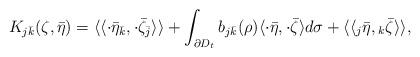
LaTeX: \begin{align*} K_{j\bar k}(\zeta,\bar\eta) =\langle\langle \cdot\bar\eta_{\bar k}, \cdot\bar\zeta_{\bar j}\rangle\rangle +\int_{\partial D_t} b_{j\bar k}(\rho) \langle \cdot\bar\eta, \cdot\bar\zeta\rangle d \sigma + \langle\langle {_j\bar\eta}, {_k\bar\zeta}\rangle\rangle,\end{align*}